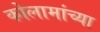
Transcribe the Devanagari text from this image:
कोलामांच्या